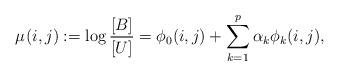
LaTeX: \begin{align*}\mu_{}(i,j) := \log\frac{[B]}{[U]} = \phi_0(i,j) + \sum_{k=1}^{p} \alpha_k \phi_k(i,j),\end{align*}